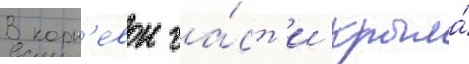
В корн'евои ча́ст'и крыла́